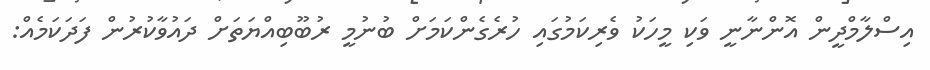
އިސްލާމްދީން އޮންނާނީ ވަކި މީހަކު ވެރިކަމުގައި ހުރެގެންކަމަށް ބުނުމީ ރުބޫބިއްޔަތަށް ދައުވާކުރުން ފަދަކަމެއް: